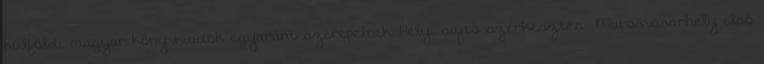
külföldi magyar könyvkiadók egyaránt szerepelnek. Helyi sajtó szerkesztés Marosvásárhely első